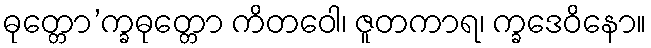
ဓုတ္တော’က္ခဓုတ္တော ကိတဝေါ၊ ဇူတကာရ၊ က္ခဒေဝိနော။